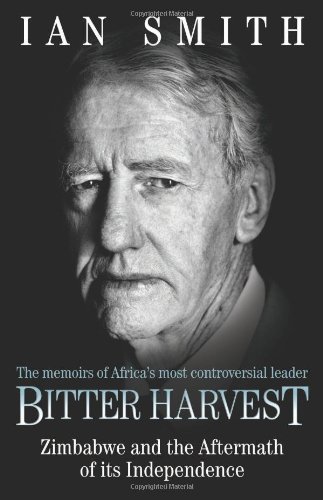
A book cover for Bitter Harvest: Zimbabwe and the Aftermath of its Independence; Ian Smith; History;